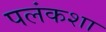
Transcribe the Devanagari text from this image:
पलंकशा